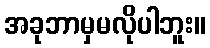
အခုဘာမှမလိုပါဘူး။